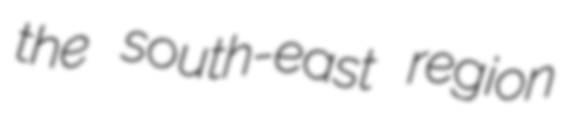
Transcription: the south-east region